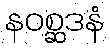
နဝစ္ဆဒနံ